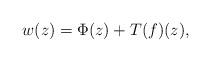
LaTeX: \begin{align*}w(z) = \Phi(z) + T(f)(z),\end{align*}